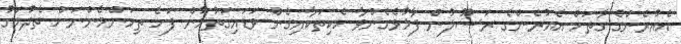
އެއުރެންގެ ގާތަށް އެއުރެންގެ ރަސޫލުން ފާޅުވެގެންވާ ހެކިތަކާއިގެން ވަޑައިގަތުމުން ފަހެ ތިމަންމެންނަށް ތެދުމަގު